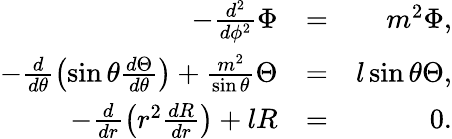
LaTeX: \begin{array}{rlr}{-\frac{d^{2}}{d\phi^{2}}\Phi}&{=}&{m^{2}\Phi,}\\ {-\frac{d}{d\theta}\left(\sin\theta\frac{d\Theta}{d\theta}\right)+\frac{m^{2}}{\sin\theta}\Theta}&{=}&{l\sin\theta\Theta,}\\ {-\frac{d}{dr}\left(r^{2}\frac{dR}{dr}\right)+lR}&{=}&{0.}\end{array}